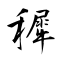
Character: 穉